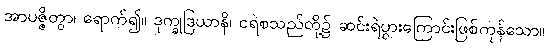
အာပဇ္ဇိတွာ၊ ရောက်၍။ ဒုက္ခုဒြယာနိ၊ ငရဲစသည်တို့၌ ဆင်းရဲပွားကြောင်းဖြစ်ကုန်သော။